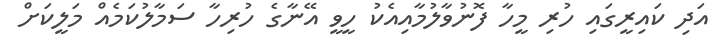
އަދި ކައިރީގައި ހުރި މީހާ ފޮނުވާލުމާއިއެކު ހީވީ އޭނާގެ ހުރިހާ ސަމާލުކަމެއް މަލީކަށް